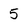
Character: 5